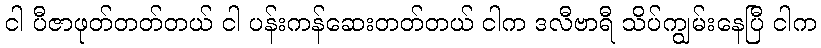
ငါ ပီဇာဖုတ်တတ်တယ် ငါ ပန်းကန်ဆေးတတ်တယ် ငါက ဒလီဗာရီ သိပ်ကျွမ်းနေပြီ ငါက